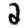
Digit: 2